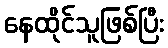
နေထိုင်သူဖြစ်ပြီး